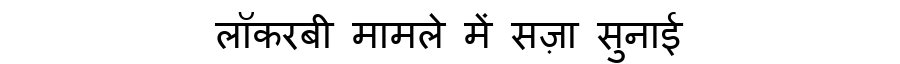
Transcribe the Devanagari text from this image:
लॉकरबी मामले में सज़ा सुनाई